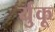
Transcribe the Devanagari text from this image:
र्युकू